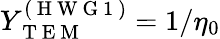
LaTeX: Y_{\mathrm{~T~E~M~}}^{(\mathrm{~H~W~G~1~})}=1/\eta_{0}